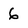
Character: 6